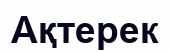
Ақтерек